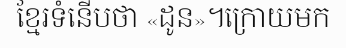
ខ្មែរទំនើបថា «ដូន»។ក្រោយមក